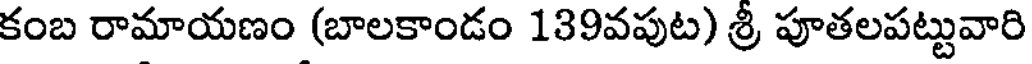
కంబ రామాయణం (బాలకాండం 139వపుట) శ్రీ పూతలపట్టువారి